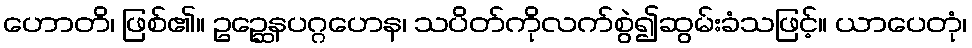
ဟောတိ၊ ဖြစ်၏။ ဥဉ္ဆေနပဂ္ဂဟေန၊ သပိတ်ကိုလက်စွဲ၍ဆွမ်းခံသဖြင့်။ ယာပေတုံ၊